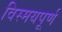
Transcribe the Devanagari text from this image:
विस्मयपूर्ण